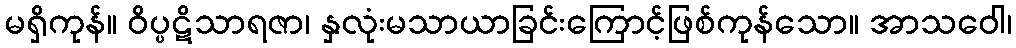
မရှိကုန်။ ဝိပ္ပဋိသာရဇာ၊ နှလုံးမသာယာခြင်းကြောင့်ဖြစ်ကုန်သော။ အာသဝေါ၊